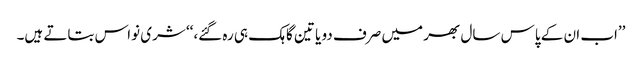
’’اب ان کے پاس سال بھر میں صرف دو یا تین گاہک ہی رہ گئے،‘‘ شری نواس بتاتے ہیں۔